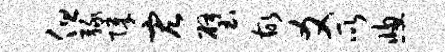
但绿障宏璧故爻所窗